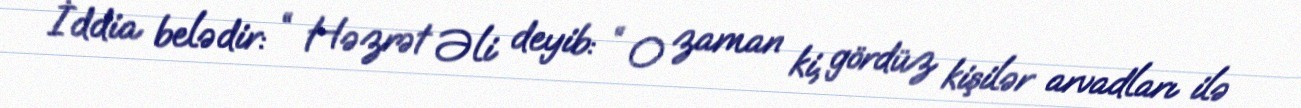
İddia belədir: “ Həzrət Əli deyib: “ O zaman ki, gördüz kişilər arvadları ilə